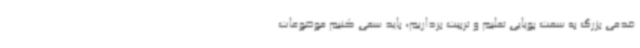
قدمی بزرگ به سمت پویایی تعلیم و تربیت برداریم، باید سعی کنیم موضوعات